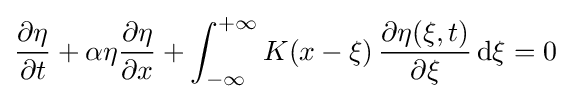
{\frac {\partial \eta }{\partial t}}+\alpha \eta {\frac {\partial \eta }{\partial x}}+\int _{-\infty }^{+\infty }K(x-\xi )\,{\frac {\partial \eta (\xi ,t)}{\partial \xi }}\,{\text{d}}\xi =0